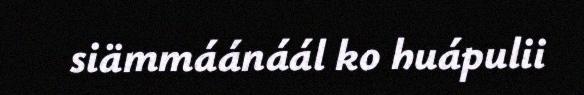
siämmáánáál ko huápulii